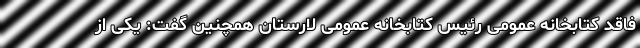
فاقد کتابخانه عمومی رئیس کتابخانه عمومی لارستان همچنین گفت: یکی از